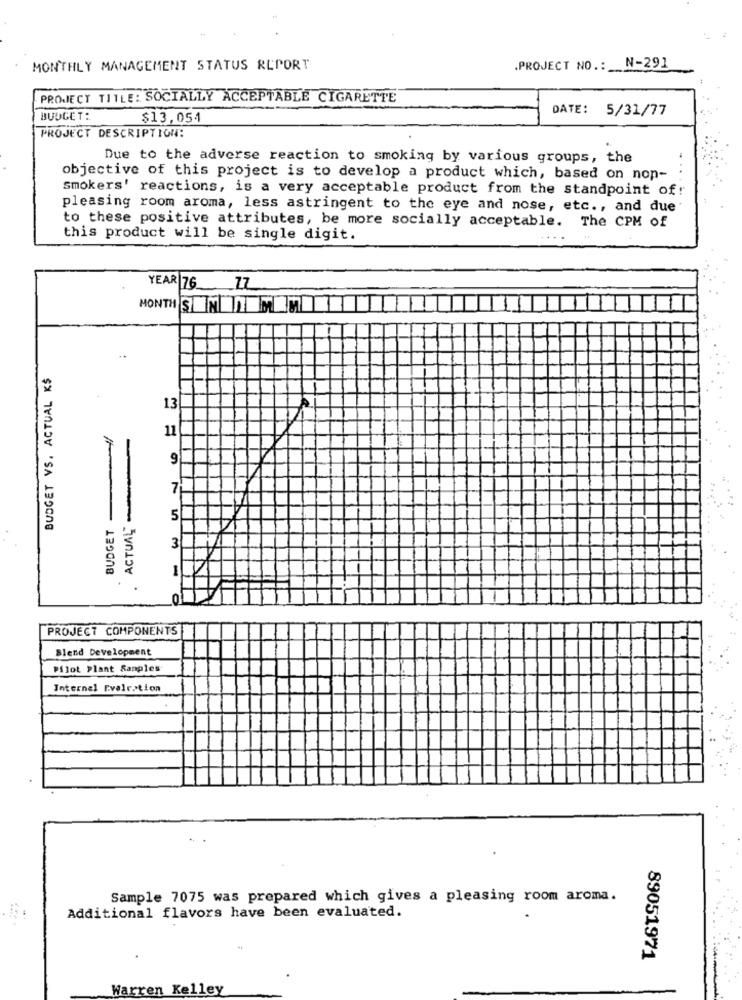
MONTHLY MANAGEMENT STATUS REPORT
.PROJECT NO .: N-291
PROJECT TITLE: SOCIALLY ACCEPTABLE CIGARETTE
DATE:
5/31/77
BUDGET:
$13,054
PROJECT DESCRIPTION:
Due to the adverse reaction to smoking by various groups, the
objective of this project is to develop a product which, based on nop-
smokers' reactions, is a very acceptable product from the standpoint of!
pleasing room aroma, less astringent to the eye and nose, etc ., and due
to these positive attributes, be more socially acceptable. The CPM of
this product will be single digit.
YEAR 76_ _ ZZ
MONTH SUN MM
BUDGET VS. ACTUAL K$
13
11
15
9
7
ACTUAL-
BUDGET
5
3
1
.
0
PROJECT COMPONENTS
Blend Development
Pilot Plant Samples
Internal Evalration
Sample 7075 was prepared which gives a pleasing room aroma.
Additional flavors have been evaluated.
89051971
Warren Kelley